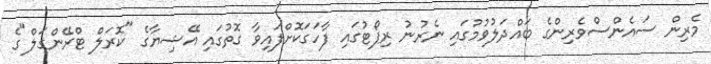
މެރިން ސައެންސްވެރިންގެ ބައްދަލުވުމުގައި ނެރުނު ރިޕޯޓުގައި ފާހަގަކޮށްފައިވާ ގޮތުގައި އޭޝިޔާގެ "ކޮރަލް ޓްރޭންގަލް"ގެ